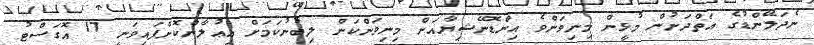
ނެދަލޭންޑުގެ އަތްދަށުން މުޅީން މިނިވަންވެ އިންޑޮނޭޝިޔާއަށް މިނިވަންކަން ލިބުނުކަމަށް އިޢުލާންކޮށްފައިވަނީ 17 އޮގަސްޓު